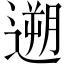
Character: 遡